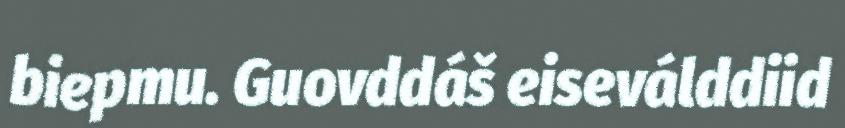
biepmu. Guovddáš eiseválddiid